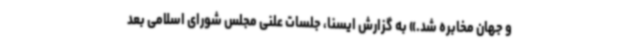
و جهان مخابره شد.» به گزارش ایسنا، جلسات علنی مجلس شورای اسلامی بعد